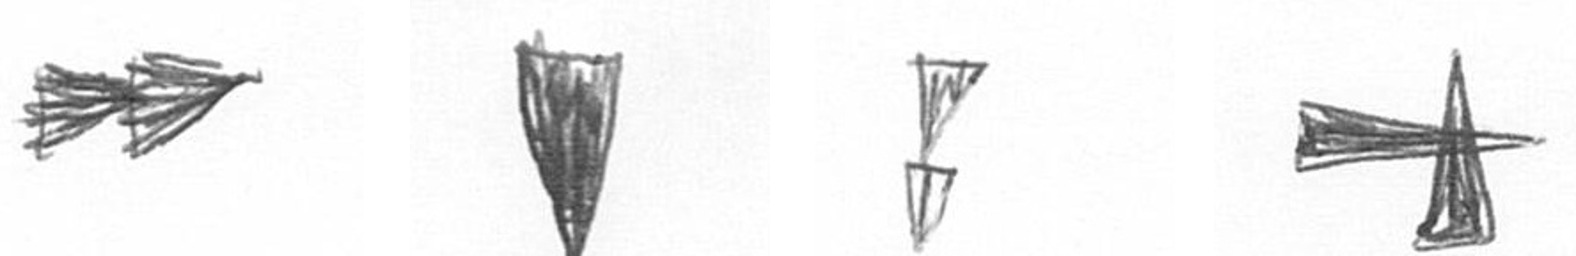
A J Z G